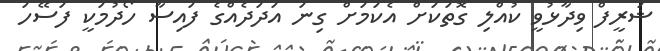
ޝަރީފް ވިދާޅުވީ ކުއްލި ގޮތަކަށް އެކަމަށް ގިނަ އަދަދެއްގެ ފައިސާ ހޯދުމަކީ ފަސޭހަ